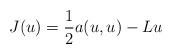
LaTeX: \begin{align*} J(u)=\frac{1}{2}a(u,u)- Lu\end{align*}